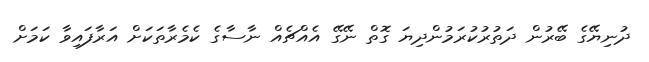
ދުނިޔޭގެ ބޭރުން ދަތުރުކުރަމުންދިޔަ ގޮތް ނޭގޭ އެއްޗެއް ނާސާގެ ކެމެރާތަކަށް އަރާފައިވާ ކަމަށް